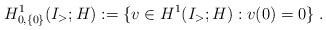
LaTeX: \begin{align*}H^1_{0,\{0\}}(I_>;H):= \{ v\in H^1(I_>;H) : v(0) = 0 \} \;. \end{align*}